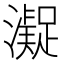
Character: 𱩢